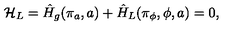
{ \cal H } _ { L } = \hat { H } _ { g } ( \pi _ { a } , a ) + \hat { H } _ { L } ( \pi _ { \phi } , \phi , a ) = 0 ,